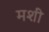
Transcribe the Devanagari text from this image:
मशीं